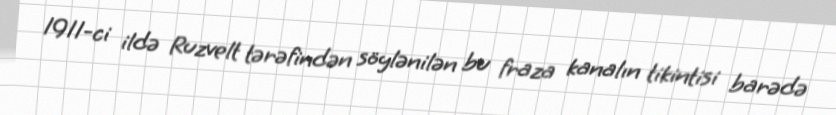
1911-ci ildə Ruzvelt tərəfindən söylənilən bu fraza kanalın tikintisi barədə